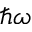
\hslash \omega